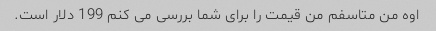
اوه من متاسفم من قیمت را برای شما بررسی می کنم 199 دلار است.